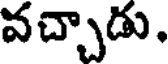
వచ్చాడు.